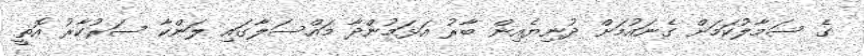
ގެ ސަމާލުކަމަށް ގެނައުމަށް ދުނިޔެއިން ބާރު އަޅަމުންދާ މައްސަލާގައި ލަންކާ ސަރުކާރު އޮތީ